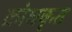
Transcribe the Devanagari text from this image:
क्रोधकृत